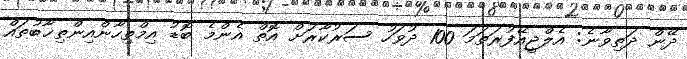
ދޭން ދަތިވާނެ: އެލްޖީއޭފުރަތަމަ 100 ދުވަހު ސަރުކާރަށް އޮތް އެންމެ ބޮޑު އިމްތިހާންއިންތިޚާބުތައް